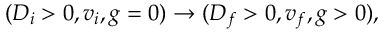
( D _ { i } > 0 , v _ { i } , g = 0 ) \to ( D _ { f } > 0 , v _ { f } , g > 0 ) ,